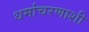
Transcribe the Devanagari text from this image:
धर्माचरणाशी